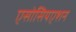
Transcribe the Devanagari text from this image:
एसोसियएशन